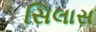
સિલાસ